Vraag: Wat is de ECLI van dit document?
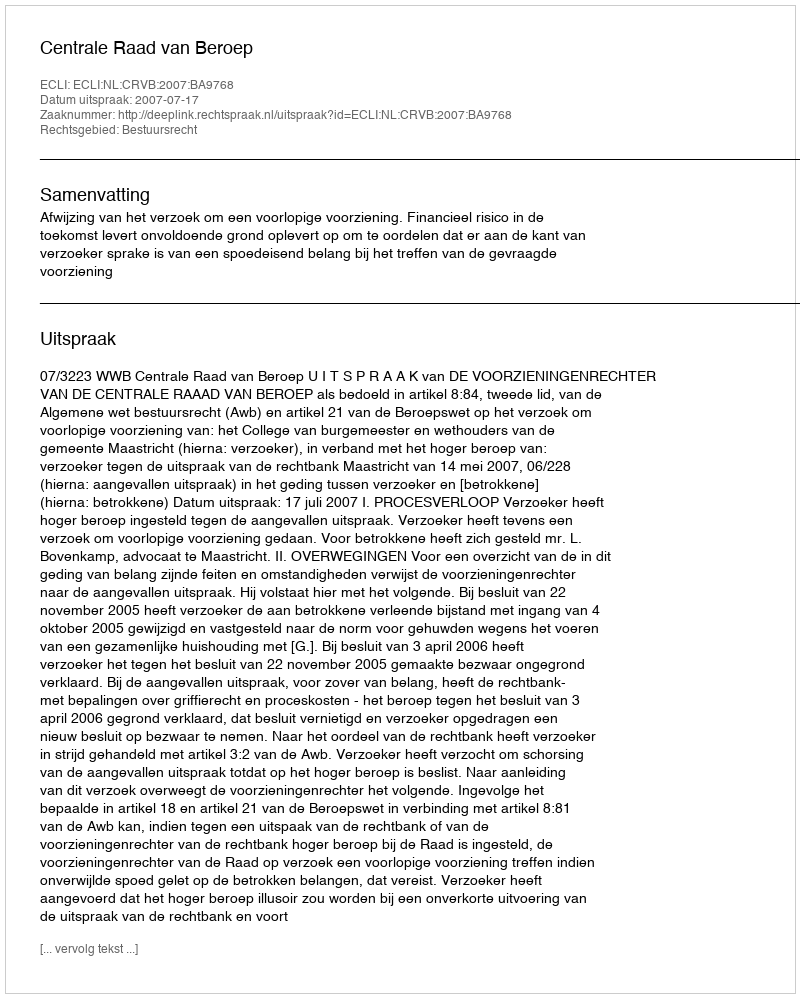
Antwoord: ECLI:NL:CRVB:2007:BA9768